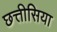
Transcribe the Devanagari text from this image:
छत्तीसिया